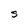
Character: S